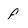
Character: f